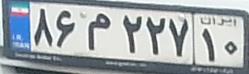
۸۶م۲۲۷۱۰